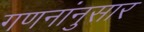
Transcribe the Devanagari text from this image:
गणनांनुसार